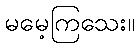
မမေ့ကြသေး။